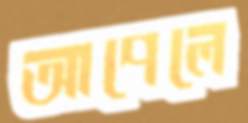
আপেলে